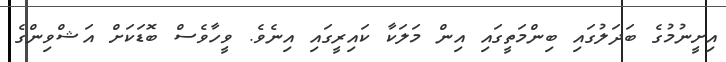
އިށީނުމުގެ ބަދަލުގައި ބިންމަތީގައި އިން މަލަކާ ކައިރީގައި އިނެވެ. ވީހާވެސް ބޮޑަކަށް އަޝްވިންގެ